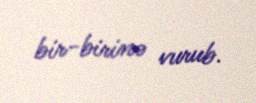
bir-birinə vurub.